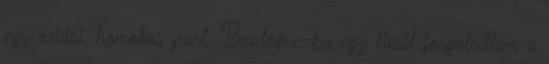
egy óriási, homokos part. Boulogne-ba egy kicsit forgolódtam a